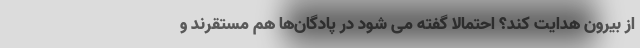
از بیرون هدایت کند؟ احتمالا گفته می شود در پادگان‌ها هم مستقرند و